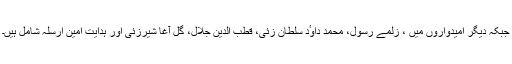
جبکہ دیگر امیدواروں میں ، زلمے رسول، محمد داوٴد سلطان زئی، قطب الدین جلال، گل آغا شیرزئی اور ہدایت امین ارسلہ شامل ہیں۔